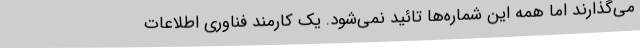
می‌گذارند اما همه این شماره‌ها تائید نمی‌شود. یک کارمند فناوری اطلاعات